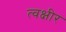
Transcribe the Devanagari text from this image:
त्वक्षीर